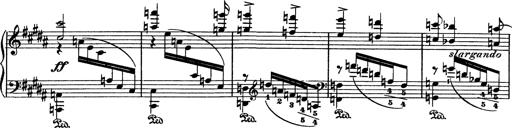
Title: AnnÃ©es de pÃ¨lerinage I
Composer: Franz Liszt